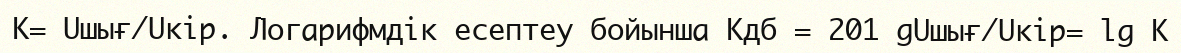
К= Uшығ/Uкір. Логарифмдік есептеу бойынша Kдб = 201 gUшығ/Uкір= lg K